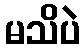
မသိပဲ